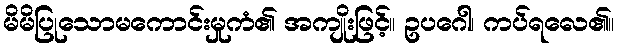
မိမိပြုသောမကောင်းမှုကံ၏ အကျိုးဖြင့်။ ဥပဂေါ၊ ကပ်ရလေ၏။